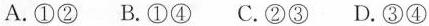
A.①② B.①④ C.②③ D.③④